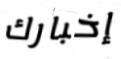
إخبارك